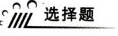
选择题